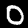
Label: 0